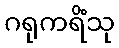
ဂရုကရိံသု